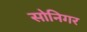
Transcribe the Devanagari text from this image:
सोनिगर